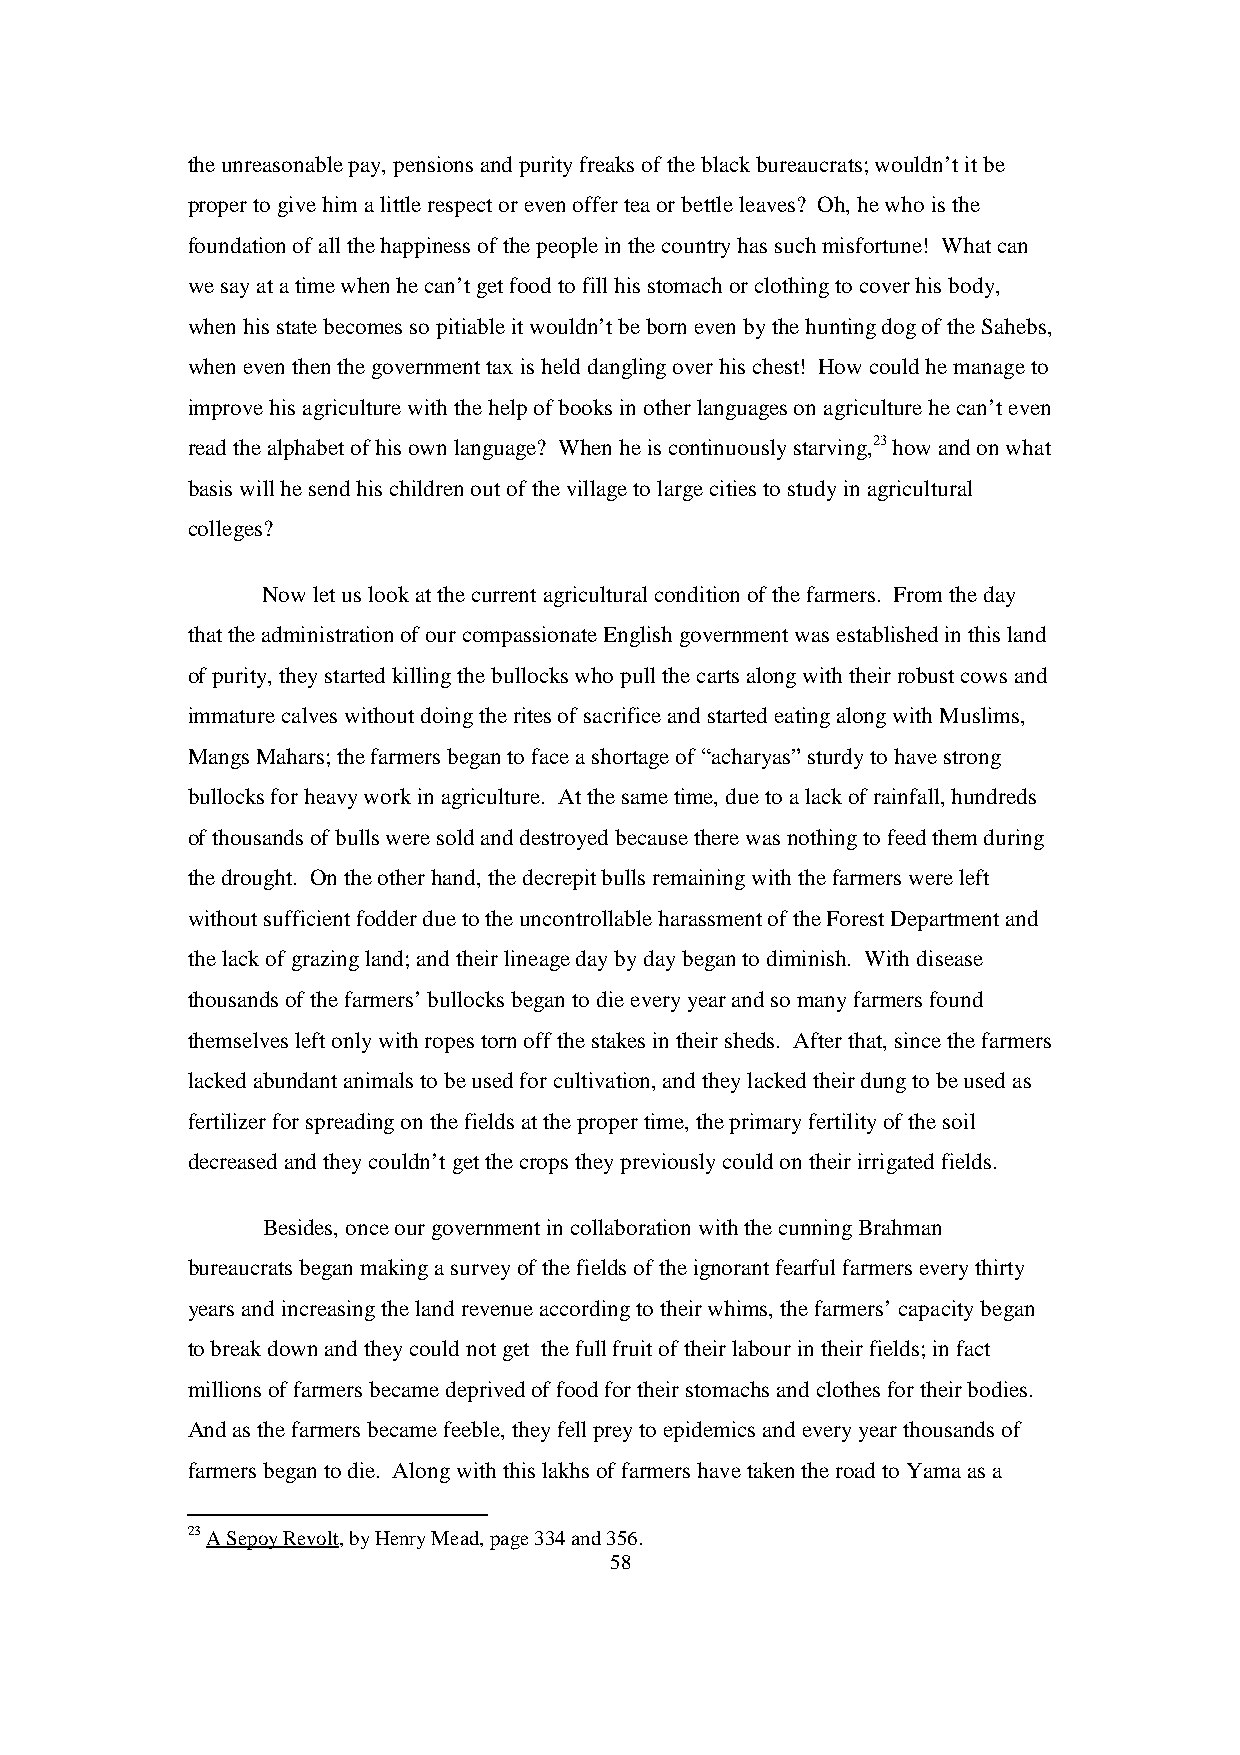
the unreasonable pay, pensions and purity freaks of the black bureaucrats; wouldn’t it be
 proper to give him a little respect or even offer tea or bettle leaves? Oh, he who is the
 foundation of all the happiness of the people in the country has such misfortune! What can
 we say at a time when he can’t get food to fill his stomach or clothing to cover his body,
 when his state becomes so pitiable it wouldn’t be born even by the hunting dog of the Sahebs,
 when even then the government tax is held dangling over his chest! How could he manage to
 improve his agriculture with the help of books in other languages on agriculture he can’t even
 read the alphabet of his own language? When he is continuously starving,23 how and on what
 basis will he send his children out of the village to large cities to study in agricultural
 colleges?
 Now let us look at the current agricultural condition of the farmers. From the day
 that the administration of our compassionate English government was established in this land
 of purity, they started killing the bullocks who pull the carts along with their robust cows and
 immature calves without doing the rites of sacrifice and started eating along with Muslims,
 Mangs Mahars; the farmers began to face a shortage of “acharyas” sturdy to have strong
 bullocks for heavy work in agriculture. At the same time, due to a lack of rainfall, hundreds
 of thousands of bulls were sold and destroyed because there was nothing to feed them during
 the drought. On the other hand, the decrepit bulls remaining with the farmers were left
 without sufficient fodder due to the uncontrollable harassment of the Forest Department and
 the lack of grazing land; and their lineage day by day began to diminish. With disease
 thousands of the farmers’ bullocks began to die every year and so many farmers found
 themselves left only with ropes torn off the stakes in their sheds. After that, since the farmers
 lacked abundant animals to be used for cultivation, and they lacked their dung to be used as
 fertilizer for spreading on the fields at the proper time, the primary fertility of the soil
 decreased and they couldn’t get the crops they previously could on their irrigated fields.
 Besides, once our government in collaboration with the cunning Brahman
 bureaucrats began making a survey of the fields of the ignorant fearful farmers every thirty
 years and increasing the land revenue according to their whims, the farmers’ capacity began
 to break down and they could not get the full fruit of their labour in their fields; in fact
 millions of farmers became deprived of food for their stomachs and clothes for their bodies.
 And as the farmers became feeble, they fell prey to epidemics and every year thousands of
 farmers began to die. Along with this lakhs of farmers have taken the road to Yama as a
 23 A Sepoy Revolt, by Henry Mead, page 334 and 356.
 58